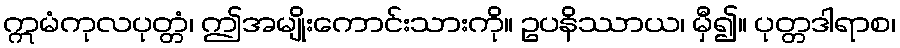
ဣမံကုလပုတ္တံ၊ ဤအမျိုးကောင်းသားကို။ ဥပနိဿာယ၊ မှီ၍။ ပုတ္တဒါရာစ၊